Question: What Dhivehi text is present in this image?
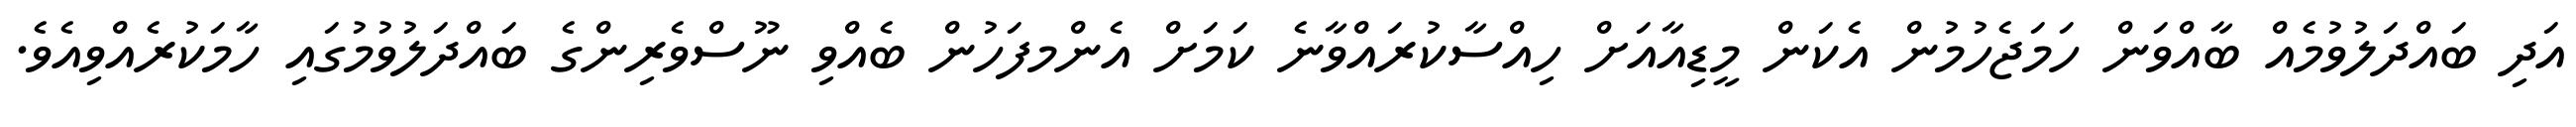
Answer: އަދި ބައްދަލުވުމެއް ބާއްވަން ހަމަޖެހުމުން އެކަން މީޑިއާއަށް ހިއްސާކުރައްވާނެ ކަމަށް އެންމފަހުން ބެއްވި ނޫސްވެރިންގެ ބައްދަލުވުމުގައި ހާމަކުރެއްވިއެވެ.